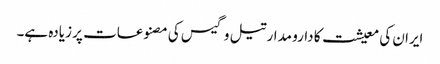
ایران کی معیشت کا دارو مدار تیل و گیس کی مصنوعات پر زیادہ ہے۔